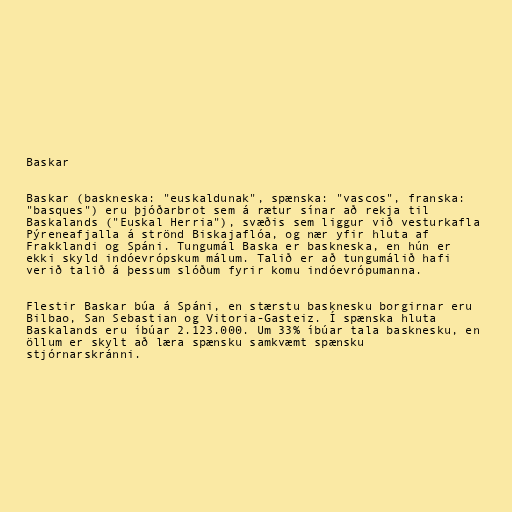
Baskar

Baskar (baskneska: "euskaldunak", spænska: "vascos", franska:
"basques") eru þjóðarbrot sem á rætur sínar að rekja til
Baskalands ("Euskal Herria"), svæðis sem liggur við vesturkafla
Pýreneafjalla á strönd Biskajaflóa, og nær yfir hluta af
Frakklandi og Spáni. Tungumál Baska er baskneska, en hún er
ekki skyld indóevrópskum málum. Talið er að tungumálið hafi
verið talið á þessum slóðum fyrir komu indóevrópumanna.

Flestir Baskar búa á Spáni, en stærstu basknesku borgirnar eru
Bilbao, San Sebastian og Vitoria-Gasteiz. Í spænska hluta
Baskalands eru íbúar 2.123.000. Um 33% íbúar tala basknesku, en
öllum er skylt að læra spænsku samkvæmt spænsku
stjórnarskránni.